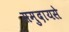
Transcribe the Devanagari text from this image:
समुदायसे